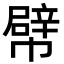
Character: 幦